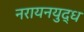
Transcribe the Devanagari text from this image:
नरायनयुद्ध